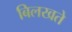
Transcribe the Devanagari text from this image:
बिलखते